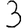
Digit: 3